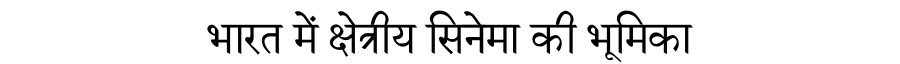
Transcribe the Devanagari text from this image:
भारत में क्षेत्रीय सिनेमा की भूमिका